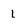
Character: 1